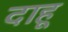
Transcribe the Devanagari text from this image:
दाहू